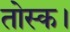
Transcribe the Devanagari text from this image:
तोस्क।